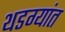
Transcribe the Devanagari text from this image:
थडग्यांत